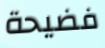
فضيحة